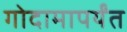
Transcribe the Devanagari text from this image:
गोदामापर्यंत